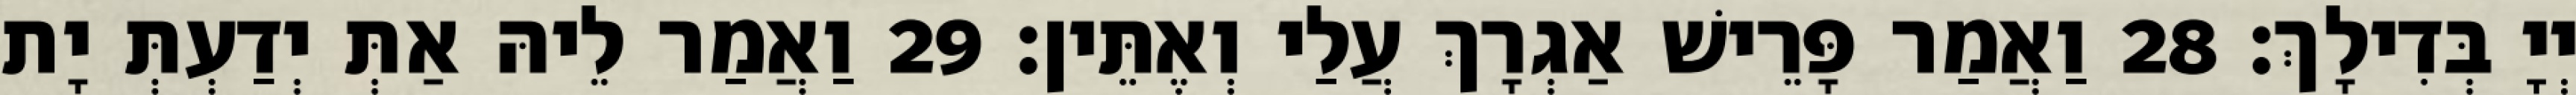
יְיָ בְּדִילָךְ׃ 28 וַאֲמַר פָּרֵישׁ אַגְרָךְ עֲלַי וְאֶתֵּין׃ 29 וַאֲמַר לֵיהּ אַתְּ יְדַעְתְּ יָת